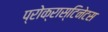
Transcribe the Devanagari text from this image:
प्रोक्रास्टिनेटस